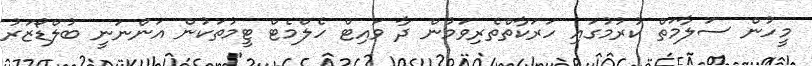
މީހުން ސަލާމަތް ކުރުމުގައި ހަރަކާތްތެރިވަމުން ދާ ވައިޓް ހެލްމެޓް ޓީމުތަކުން އަންނަނީ ބުލްޑޯޒަރު